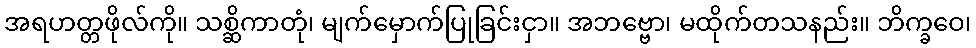
အရဟတ္တဖိုလ်ကို။ သစ္ဆိကာတုံ၊ မျက်မှောက်ပြုခြင်းငှာ။ အဘဗ္ဗော၊ မထိုက်တသနည်း။ ဘိက္ခဝေ၊